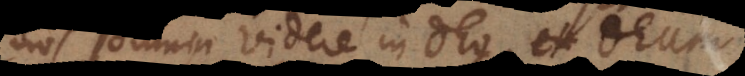
os omnia videre in Deo, et Deum